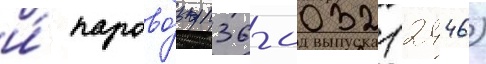
и́ парово́з п36-0032 (2446)